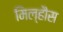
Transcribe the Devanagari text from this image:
मिल्हौस